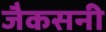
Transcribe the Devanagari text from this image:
जैकसनी